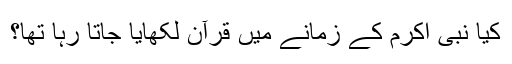
کیا نبی اکرم کے زمانے میں‌ قرآن لکھایا جاتا رہا تھا؟